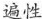
遍性